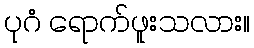
ပုဂံ ရောက်ဖူးသလား။